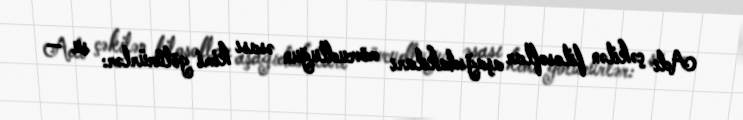
Adı çəkilən filosoflar aşağıdakıları mövcudluğun əsası kimi götürürlər: su —